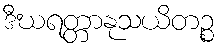
ဒီဃရတ္တာနုသယိတဉ္စ